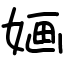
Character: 婳